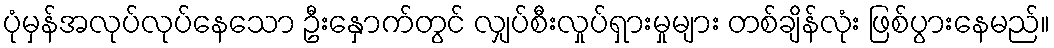
ပုံမှန်အလုပ်လုပ်နေသော ဦးနှောက်တွင် လျှပ်စီးလှုပ်ရှားမှုများ တစ်ချိန်လုံး ဖြစ်ပွားနေမည်။